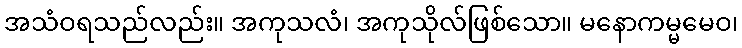
အသံဝရသည်လည်း။ အကုသလံ၊ အကုသိုလ်ဖြစ်သော။ မနောကမ္မမေဝ၊